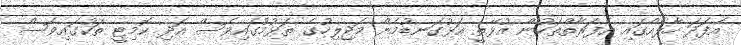
އެފަދަ ހާލެއްގައި އެފަރާތްތަކުން އުޅޭތީ އަޅުގަނޑުމެން މަޖިލިހުގެ ތަޅުމުގައިވެސް އަދި ކޮމިޓީ ތަކުގައިވެސް